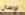
لإرسال